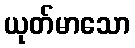
ယုတ်မာသော